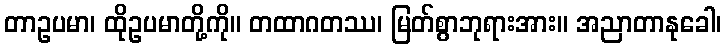
တာဥပမာ၊ ထိုဥပမာတို့ကို။ တထာဂတဿ၊ မြတ်စွာဘုရားအား။ အညာတာနုခေါ၊